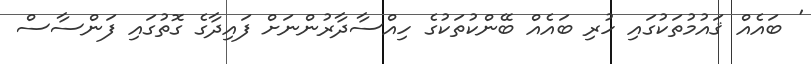
' ބައެއް ޤައުމުތަކުގައި ހުރި ބައެއް ބޭންކުތަކުގެ ހިއްސާދާރުންނަށް ފައިދާގެ ގޮތުގައި ފަންސާސް